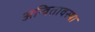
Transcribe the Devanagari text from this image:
अन्वितावस्था